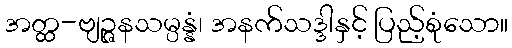
အတ္ထ-ဗျဉ္ဇနသမ္ပန္နံ၊ အနက်သဒ္ဒါနှင့် ပြည့်စုံသော။